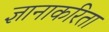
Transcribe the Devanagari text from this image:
ज्ञानाकरिता